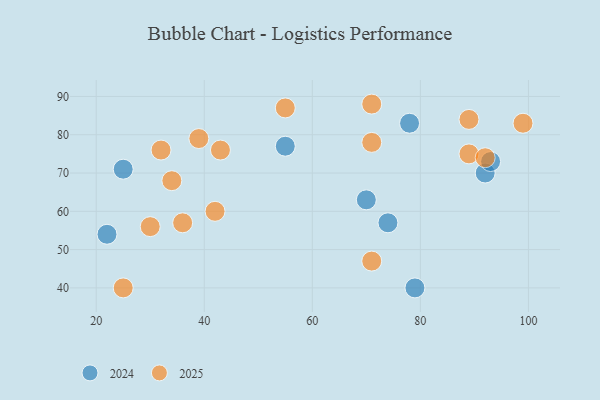
{"axis": {"x": "GDP", "y": "Life Expectancy"}, "legend": ["2024", "2025"], "data": [{"x": "30", "y": 56, "type": "2025"}, {"x": "99", "y": 83, "type": "2025"}, {"x": "89", "y": 84, "type": "2025"}, {"x": "42", "y": 60, "type": "2025"}, {"x": "55", "y": 87, "type": "2025"}, {"x": "89", "y": 75, "type": "2025"}, {"x": "36", "y": 57, "type": "2025"}, {"x": "43", "y": 76, "type": "2025"}, {"x": "32", "y": 76, "type": "2025"}, {"x": "71", "y": 47, "type": "2025"}, {"x": "34", "y": 68, "type": "2025"}, {"x": "92", "y": 74, "type": "2025"}, {"x": "39", "y": 79, "type": "2025"}, {"x": "71", "y": 78, "type": "2025"}, {"x": "25", "y": 40, "type": "2025"}, {"x": "71", "y": 88, "type": "2025"}, {"x": "22", "y": 54, "type": "2024"}, {"x": "70", "y": 63, "type": "2024"}, {"x": "79", "y": 40, "type": "2024"}, {"x": "25", "y": 71, "type": "2024"}, {"x": "55", "y": 77, "type": "2024"}, {"x": "92", "y": 70, "type": "2024"}, {"x": "93", "y": 73, "type": "2024"}, {"x": "78", "y": 83, "type": "2024"}, {"x": "74", "y": 57, "type": "2024"}]}